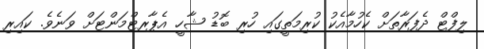
ލިފްޓް ދެފަރާތަށް ކެހުމާއެކު ކުރިމަތީގައި ހުރި ބޮޑު ޝާހީ އެޕާރޓްމަންޓަށް ވަނެވެ. ކައިރި